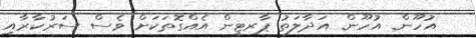
އުހޫން